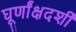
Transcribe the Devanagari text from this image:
घूर्णांक्षदर्शी